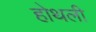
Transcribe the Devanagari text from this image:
होथली